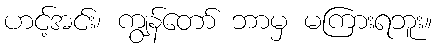
ဟင့်အင်း၊ ကျွန်တော် ဘာမှ မကြားရဘူး။